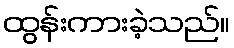
ထွန်းကားခဲ့သည်။